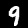
Label: 9